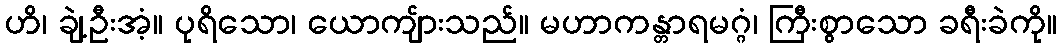
ဟိ၊ ချဲ့ဦးအံ့။ ပုရိသော၊ ယောကျ်ားသည်။ မဟာကန္တာရမဂ္ဂံ၊ ကြီးစွာသော ခရီးခဲကို။